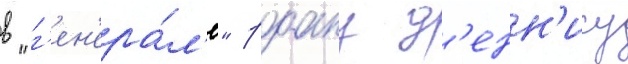
в "г'ен'ера́л'е" роану д'енн'ису